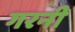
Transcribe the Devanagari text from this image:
गरनी